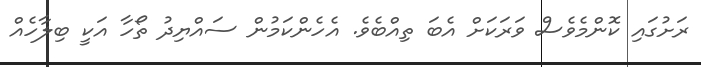
ރަށުގައި ކޮންމެވެސް ވަރަކަށް އެބަ ތިއްބެވެ. އެހެންކަމުން ސައްޔިދު ތޯހާ އަކީ ބިލާހެއް